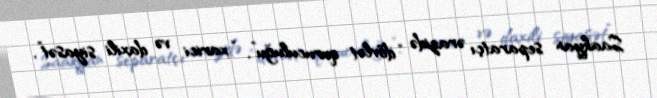
Saakyan separatçı ərazidə “dövlət quruculuğu”, “xarici və daxili siyasət”,